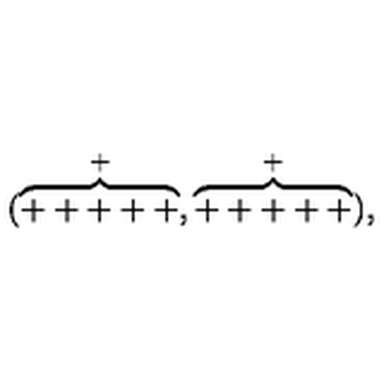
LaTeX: ( \stackrel { + } { \overbrace { + + + + + } } , \stackrel { + } { \overbrace { + + + + + } } ) \mathrm { , }